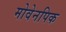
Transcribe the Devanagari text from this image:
मोवेनपिक